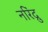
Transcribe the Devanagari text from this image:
नरिंद्रु